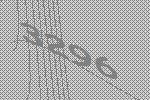
3296